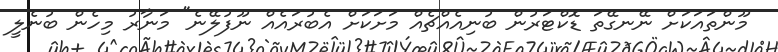
މޫންތައަކަށް ނޭނގޭތަ ޑޮކްޓަރުން ބުނިއެއްޗެއް މަށަކަށް އެބުރައެއް ނޫފުލޭނެ" މަނާރު މިހެން ބުނެލީ